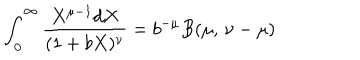
\int _ { 0 } ^ { \infty } { \frac { X ^ { \mu - 1 } d X } { ( 1 + b X ) ^ { \nu } } } = b ^ { - \mu } B ( \mu , \, \nu - \mu )